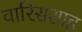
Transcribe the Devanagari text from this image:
वारिसशाह